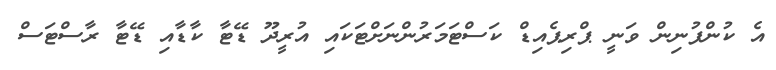
އެ ކުންފުނިން ވަނީ ޕްރިޕެއިޑް ކަސްޓަމަރުންނަށްޓަކައި އުރީދޫ ޑޭޓާ ކާޑާއި ޑޭޓާ ރާސްޓަސް